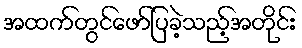
အထက်တွင်ဖော်ပြခဲ့သည့်အတိုင်း